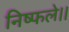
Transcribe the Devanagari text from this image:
निष्फले।।